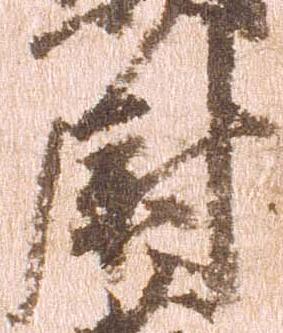
尉